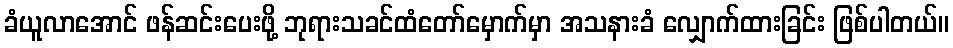
ခံယူလာအောင် ဖန်ဆင်းပေးဖို့ ဘုရားသခင်ထံတော်မှောက်မှာ အသနားခံ လျှောက်ထားခြင်း ဖြစ်ပါတယ်။